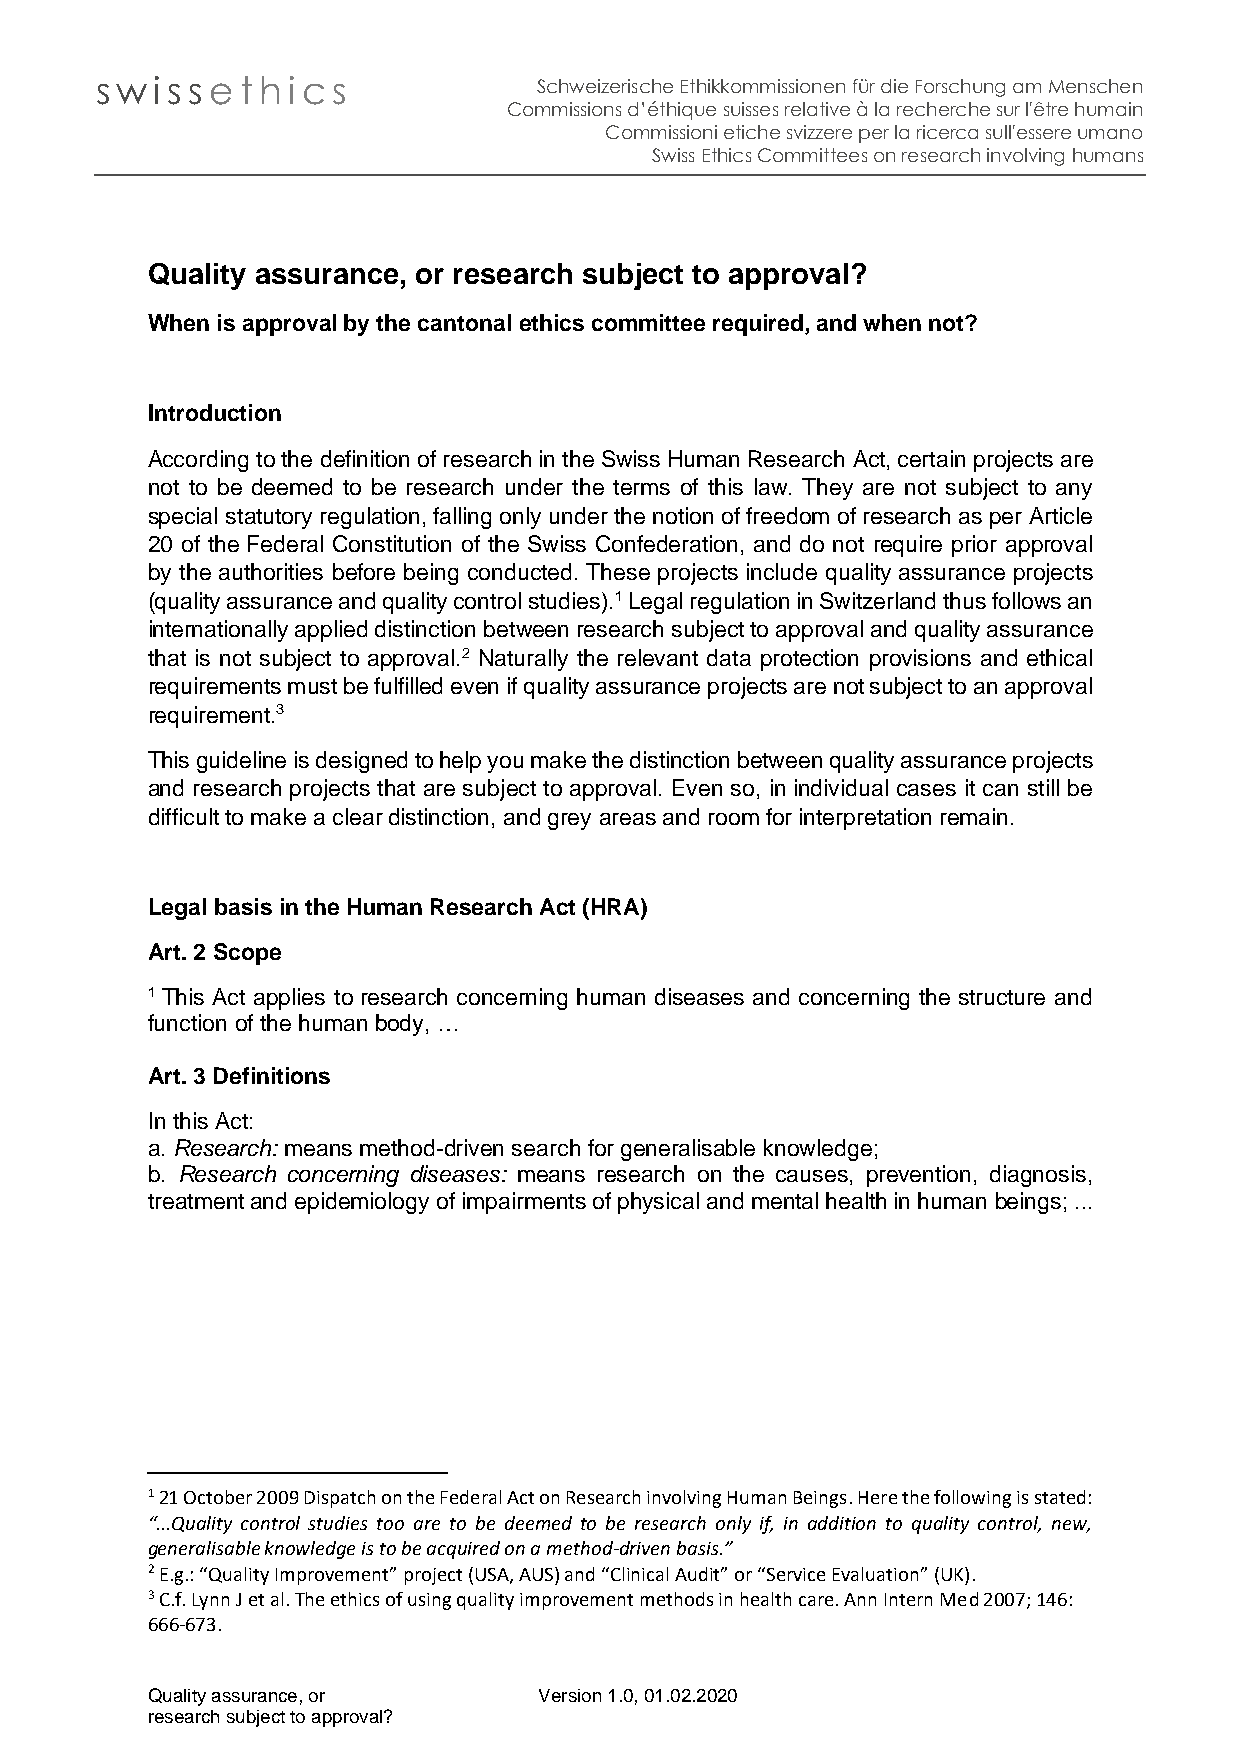
sw  iss e t h i cs            Schweizerische Ethikkommissionen für die Forschung am Menschen
 Commissions d’éthique suisses relative à la recherche sur l'être humain
 Commissioni etiche svizzere per la ricerca sull'essere umano
 Swiss Ethics Committees on research involving humans
 Quality assurance, or research subject to approval?
 When is approval by the cantonal ethics committee required, and when not?
 Introduction
 According to the definition of research in the Swiss Human Research Act, certain projects are
 not to be deemed to be research under the terms of this law. They are not subject to any
 special statutory regulation, falling only under the notion of freedom of research as per Article
 20 of the Federal Constitution of the Swiss Confederation, and do not require prior approval
 by the authorities before being conducted. These projects include quality assurance projects
 (quality assurance and quality control studies).1 Legal regulation in Switzerland thus follows an
 internationally applied distinction between research subject to approval and quality assurance
 that is not subject to approval.2 Naturally the relevant data protection provisions and ethical
 requirements must be fulfilled even if quality assurance projects are not subject to an approval
 requirement.3
 This guideline is designed to help you make the distinction between quality assurance projects
 and research projects that are subject to approval. Even so, in individual cases it can still be
 difficult to make a clear distinction, and grey areas and room for interpretation remain.
 Legal basis in the Human Research Act (HRA)
 Art. 2 Scope
 1 This Act applies to research concerning human diseases and concerning the structure and
 function of the human body, …
 Art. 3 Definitions
 In this Act:
 a. Research: means method-driven search for generalisable knowledge;
 b. Research concerning diseases: means research on the causes, prevention, diagnosis,
 treatment and epidemiology of impairments of physical and mental health in human beings; ...
 1 21 October 2009 Dispatch on the Federal Act on Research involving Human Beings. Here the following is stated:
 “...Quality control studies too are to be deemed to be research only if, in addition to quality control, new,
 generalisable knowledge is to be acquired on a method-driven basis.”
 2 E.g.: “Quality Improvement” project (USA, AUS) and “Clinical Audit” or “Service Evaluation” (UK).
 3 C.f. Lynn J et al. The ethics of using quality improvement methods in health care. Ann Intern Med 2007; 146:
 666-673.
 Quality assurance, or     Version 1.0, 01.02.2020
 research subject to approval?